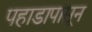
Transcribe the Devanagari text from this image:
पहाडापासून